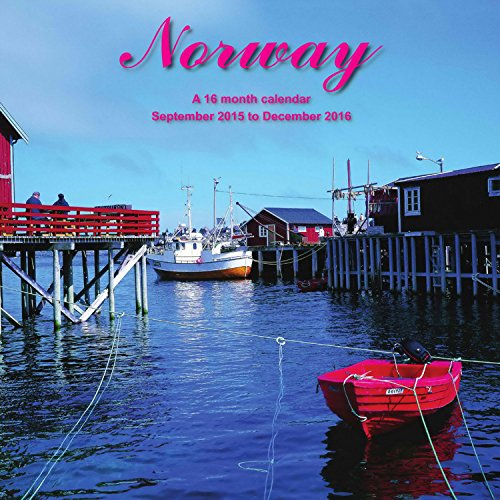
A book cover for Norway Calendar - 2016 Wall calendars - Travel Calendar - Monthly Wall Calendar by Magnum; MegaCalendars; Travel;